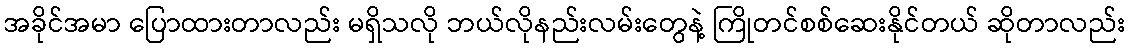
အခိုင်အမာ ပြောထားတာလည်း မရှိသလို ဘယ်လိုနည်းလမ်းတွေနဲ့ ကြိုတင်စစ်ဆေးနိုင်တယ် ဆိုတာလည်း